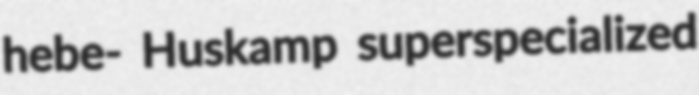
hebe- Huskamp superspecialized